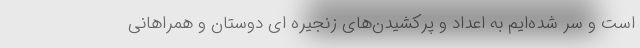
است و سر شده‌ایم به اعداد و پرکشیدن‌های زنجیره ای دوستان و همراهانی